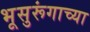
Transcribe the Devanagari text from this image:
भूसुरूंगाच्या